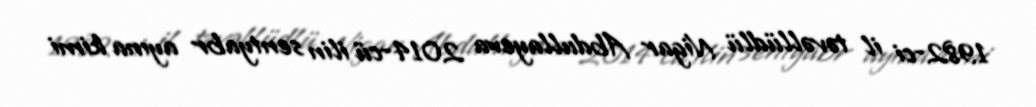
1982-ci il təvəllüdlü Nigar Abdullayeva 2014-cü ilin sentyabr ayına kimi